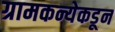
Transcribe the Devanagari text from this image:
ग्रामकन्येकडून